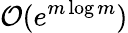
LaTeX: \mathcal{O}(e^{m\log m})